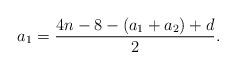
LaTeX: \begin{align*}a_1=\frac{4n-8-(a_1+a_2)+d}{2}.\end{align*}